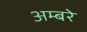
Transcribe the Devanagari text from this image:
अम्बरे